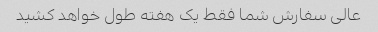
عالی سفارش شما فقط یک هفته طول خواهد کشید